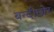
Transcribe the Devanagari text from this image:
बन्दीछोर